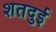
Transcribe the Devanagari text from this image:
शतदुई